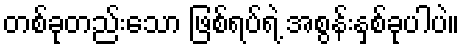
တစ်ခုတည်းသော ဖြစ်ရပ်ရဲ့ အစွန်းနှစ်ခုပါပဲ။